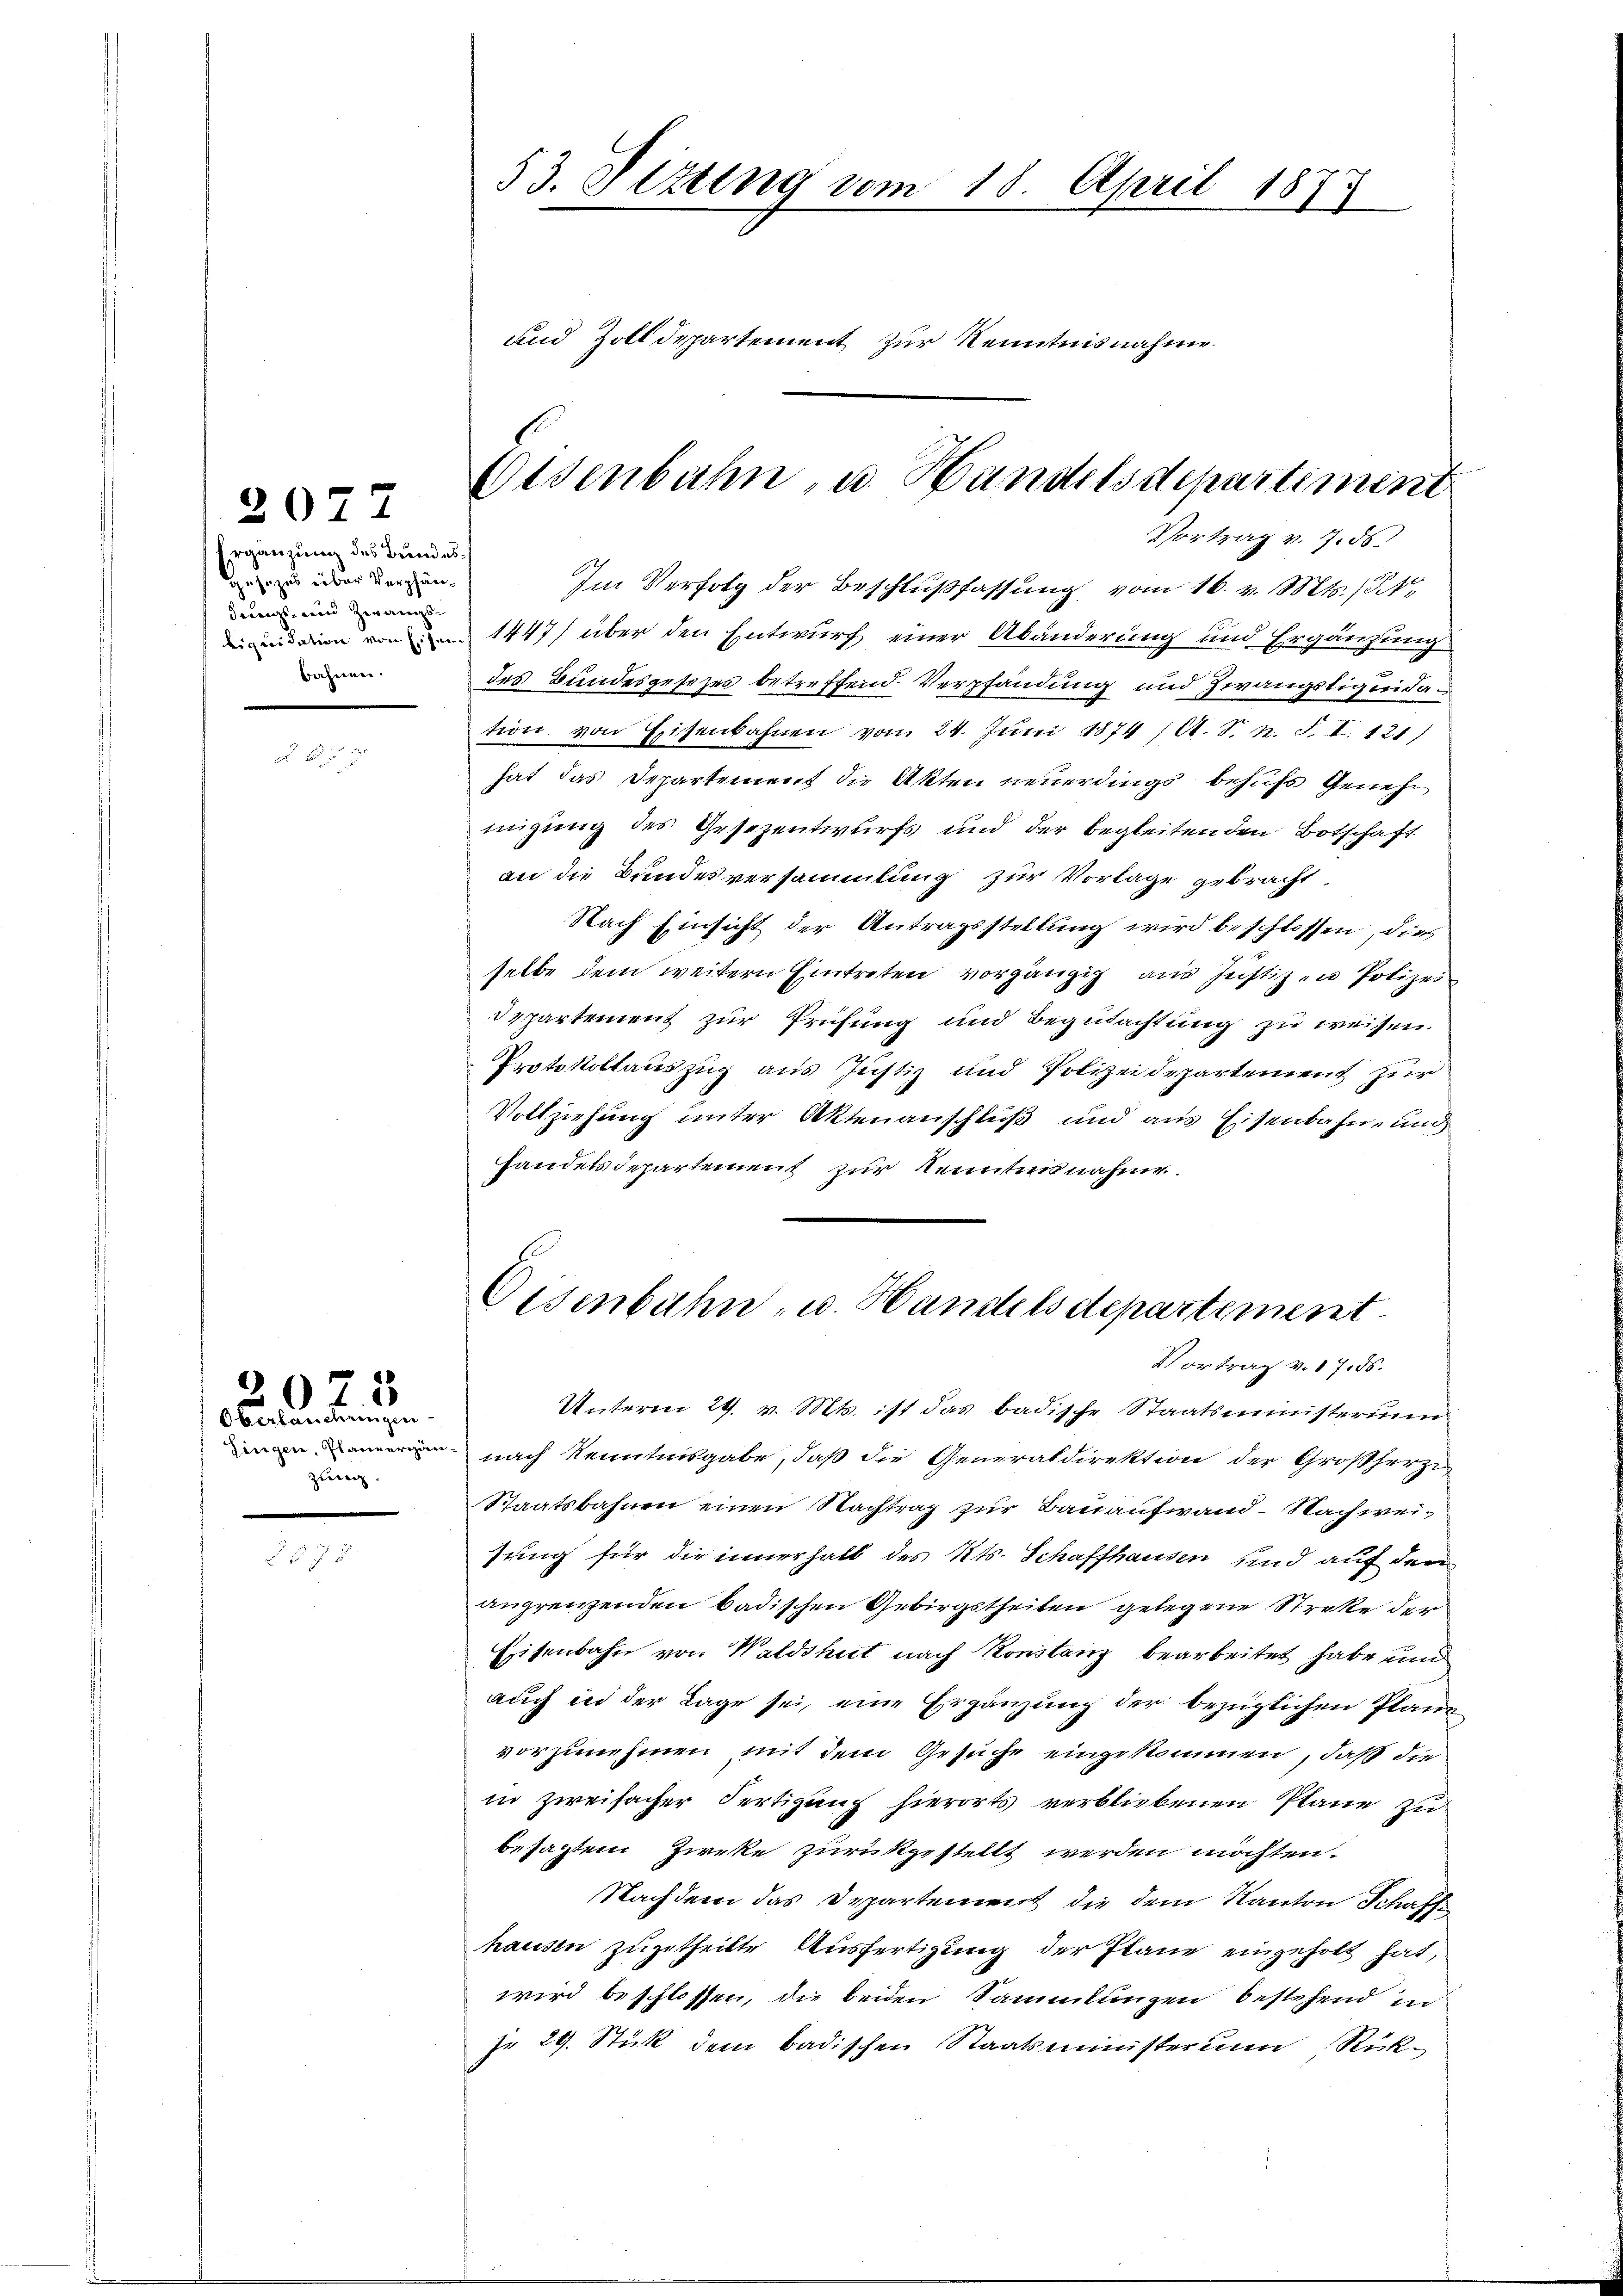
Ergänzung des Bundesgesezes über Verpfändrungs- und Zwangsliquidation von Eisen
bahnen.

2077

605

Oberlandringen
Dingen, Pfannergänzung.

E

53. Sizung vom 18. April 1873
und Zolldepartement zur Kenntnisnahme.

Eisenbahn, u. Handelsdepartiment
Vortrag v. 7. ds.

Im Verfolg der Beschlußfassung vom 16. v. Mts. 124,
1447) über den Entwurf einer Abänderung und Ergänzung
des Bundesgesezes betreffend Verpfandung und Zwangstigeridation von Eisenbahnen von 24. Juni 1874 /A. S. n. F. I. 121)
hat das Departement die Akten neuerdings behufs Genehmigung des Gesezentwurfs und der begleiten den Botschaft
an die Bundesversammlung zur Vorlage gebracht,
Nach Einsicht der Antragsstellung wird beschlossen, dies
selbe dem weitern Eintreten vorgängig aus Justizen Polizei¬
Departement zur Prüfung und Begutachtung zu weisen.
Protokollauszug aus Justiz und Polizeidepartement zur
Vollziehung unter Aktenanschluß und aus Eisenbahn- und
handetsdepartement zur Kenntnis nahme.
Eisenbahn- u. Handels departement.
Vortrag v. 17. ds.
Unterm 29. v. Mts. ist das badische Staatsministerium
nach Kenntnisgabe, daß die Generaldirektion der Großherzi
Staatsbahnen einen Nachtrag zur Bauaufwand-Nachwei-
sung für die innerhalb des Kts. Schaffhausen und auf den
angrenzenden badischen Gebirgstheilen gelegene Streke der
Eisenbahn von Waldshut nach Konstanz bearbeitet habe und
auch in der Lage sei, eine Ergänzung der bezüglichen Plane
vorzunehmen, mit dem Gesuche eingekommen, daß die
in zweifacher Fertigung hierorts verbliebenen Plane zu
besagtem Zirke zurückgestellt werden möchten.
Nachdem das Departement die dem Kanton Schaff
hausen zugetheilte Ausfertigung der Plane eingeholt hat,
wird beschlossen, die beiden Sammlungen bestehend in
jr 29. Stück dem badischen Staatsministerium Rück¬